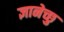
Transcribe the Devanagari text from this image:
ज्ञानेच्छु